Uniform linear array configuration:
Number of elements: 24
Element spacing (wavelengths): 0.75
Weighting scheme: hamming
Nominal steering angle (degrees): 60
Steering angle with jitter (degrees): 58.566
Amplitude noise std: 0.05
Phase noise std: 0.05

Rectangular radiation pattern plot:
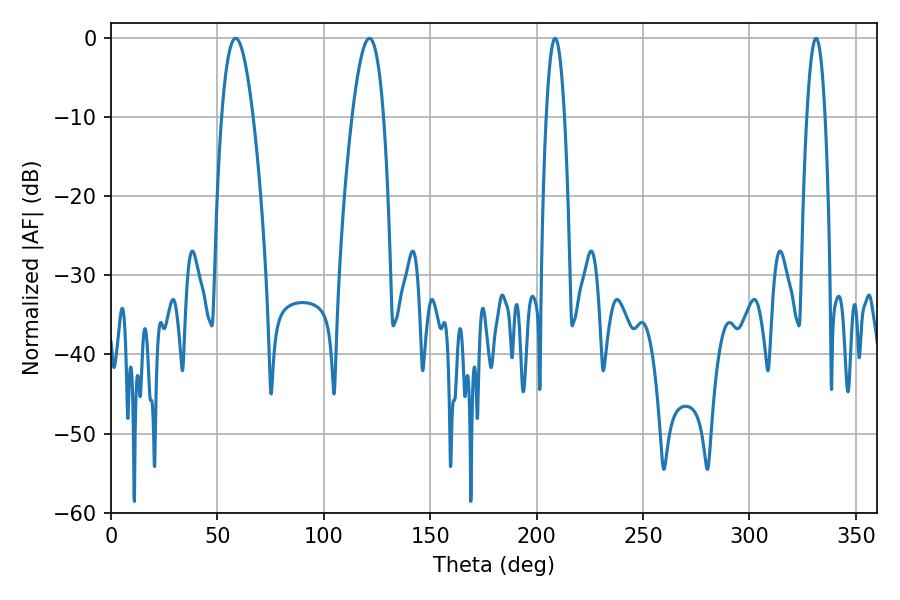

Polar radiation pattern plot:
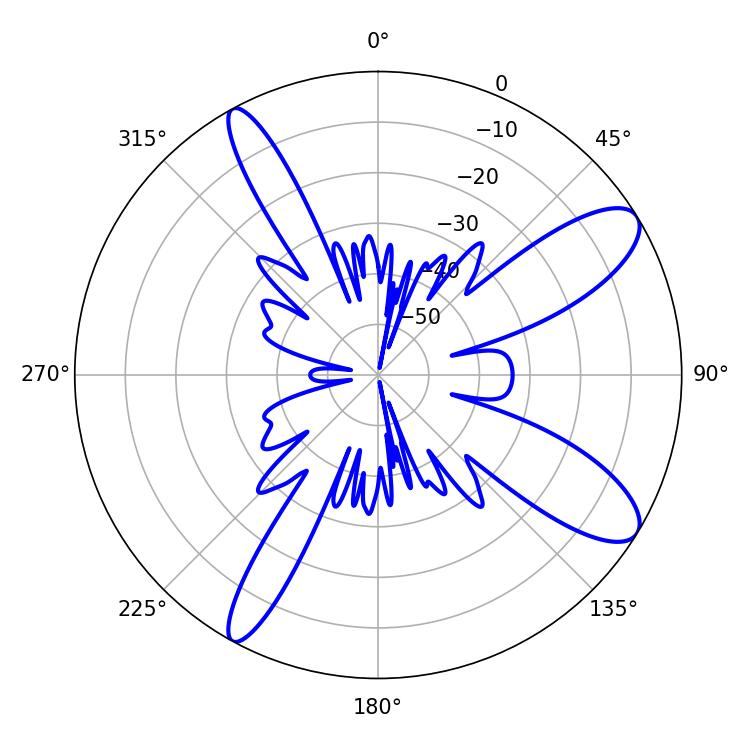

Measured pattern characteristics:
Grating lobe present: TRUE
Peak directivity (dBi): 10.574
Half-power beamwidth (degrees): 8.1
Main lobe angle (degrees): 58.5